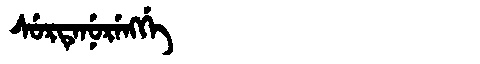
Manchu: ᠰᡠᡵᡨᡝᠨᡠᡵᡝᠩᡤᡝ
Romanization: SURTENURENGGE